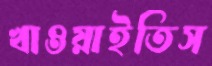
খাওয়াইতিস